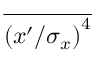
\overline { { { ( x ^ { \prime } / \sigma _ { x } ) } ^ { 4 } } }